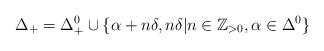
LaTeX: \begin{align*}\Delta_+ = \Delta_+^0 \cup \{ \alpha+n\delta, n\delta | n\in \mathbb Z_{>0}, \alpha \in \Delta^0\}\end{align*}